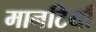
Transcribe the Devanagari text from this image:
मानटियाँ